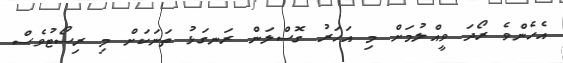
އެހެންވެ ރޯދަ ވީއްލުމަށް މި އަހަރު ގޮސްލަން ރަނގަޅު ތަނަކަށް މި ރިސޯޓުވެސް